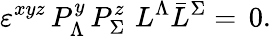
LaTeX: \varepsilon^{xyz}\, P_{\Lambda}^{y}\, P_{\Sigma}^{z}\, \, L^{\Lambda}\bar{L}^{\Sigma}=\, 0.